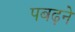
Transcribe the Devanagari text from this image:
पबढ़ने